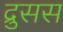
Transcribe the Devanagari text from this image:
द्रुसस